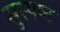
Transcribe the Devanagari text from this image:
सुस्‍पष्‍ट